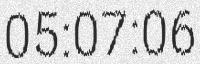
05:07:06